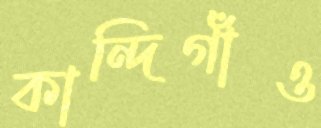
কান্দিগাঁও